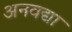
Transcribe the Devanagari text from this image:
अनवद्या